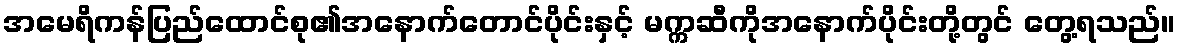
အမေရိကန်ပြည်ထောင်စု၏အနောက်တောင်ပိုင်းနှင့် မက္ကဆီကိုအနောက်ပိုင်းတို့တွင် တွေ့ရသည်။